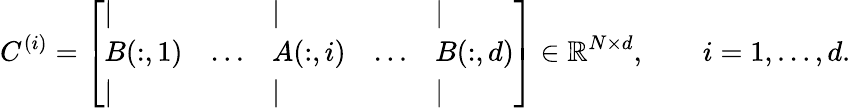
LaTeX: C^{(i)}=\left[\begin{array}{lllll}{\vert}&{}&{\vert}&{}&{\vert}\\ {B(:,1)}&{\ldots}&{A(:,i)}&{\ldots}&{B(:,d)}\\ {\vert}&{}&{\vert}&{}&{\vert}\end{array}\right]\in\mathbb{R}^{N\times d},\qquad i=1,\ldots,d.